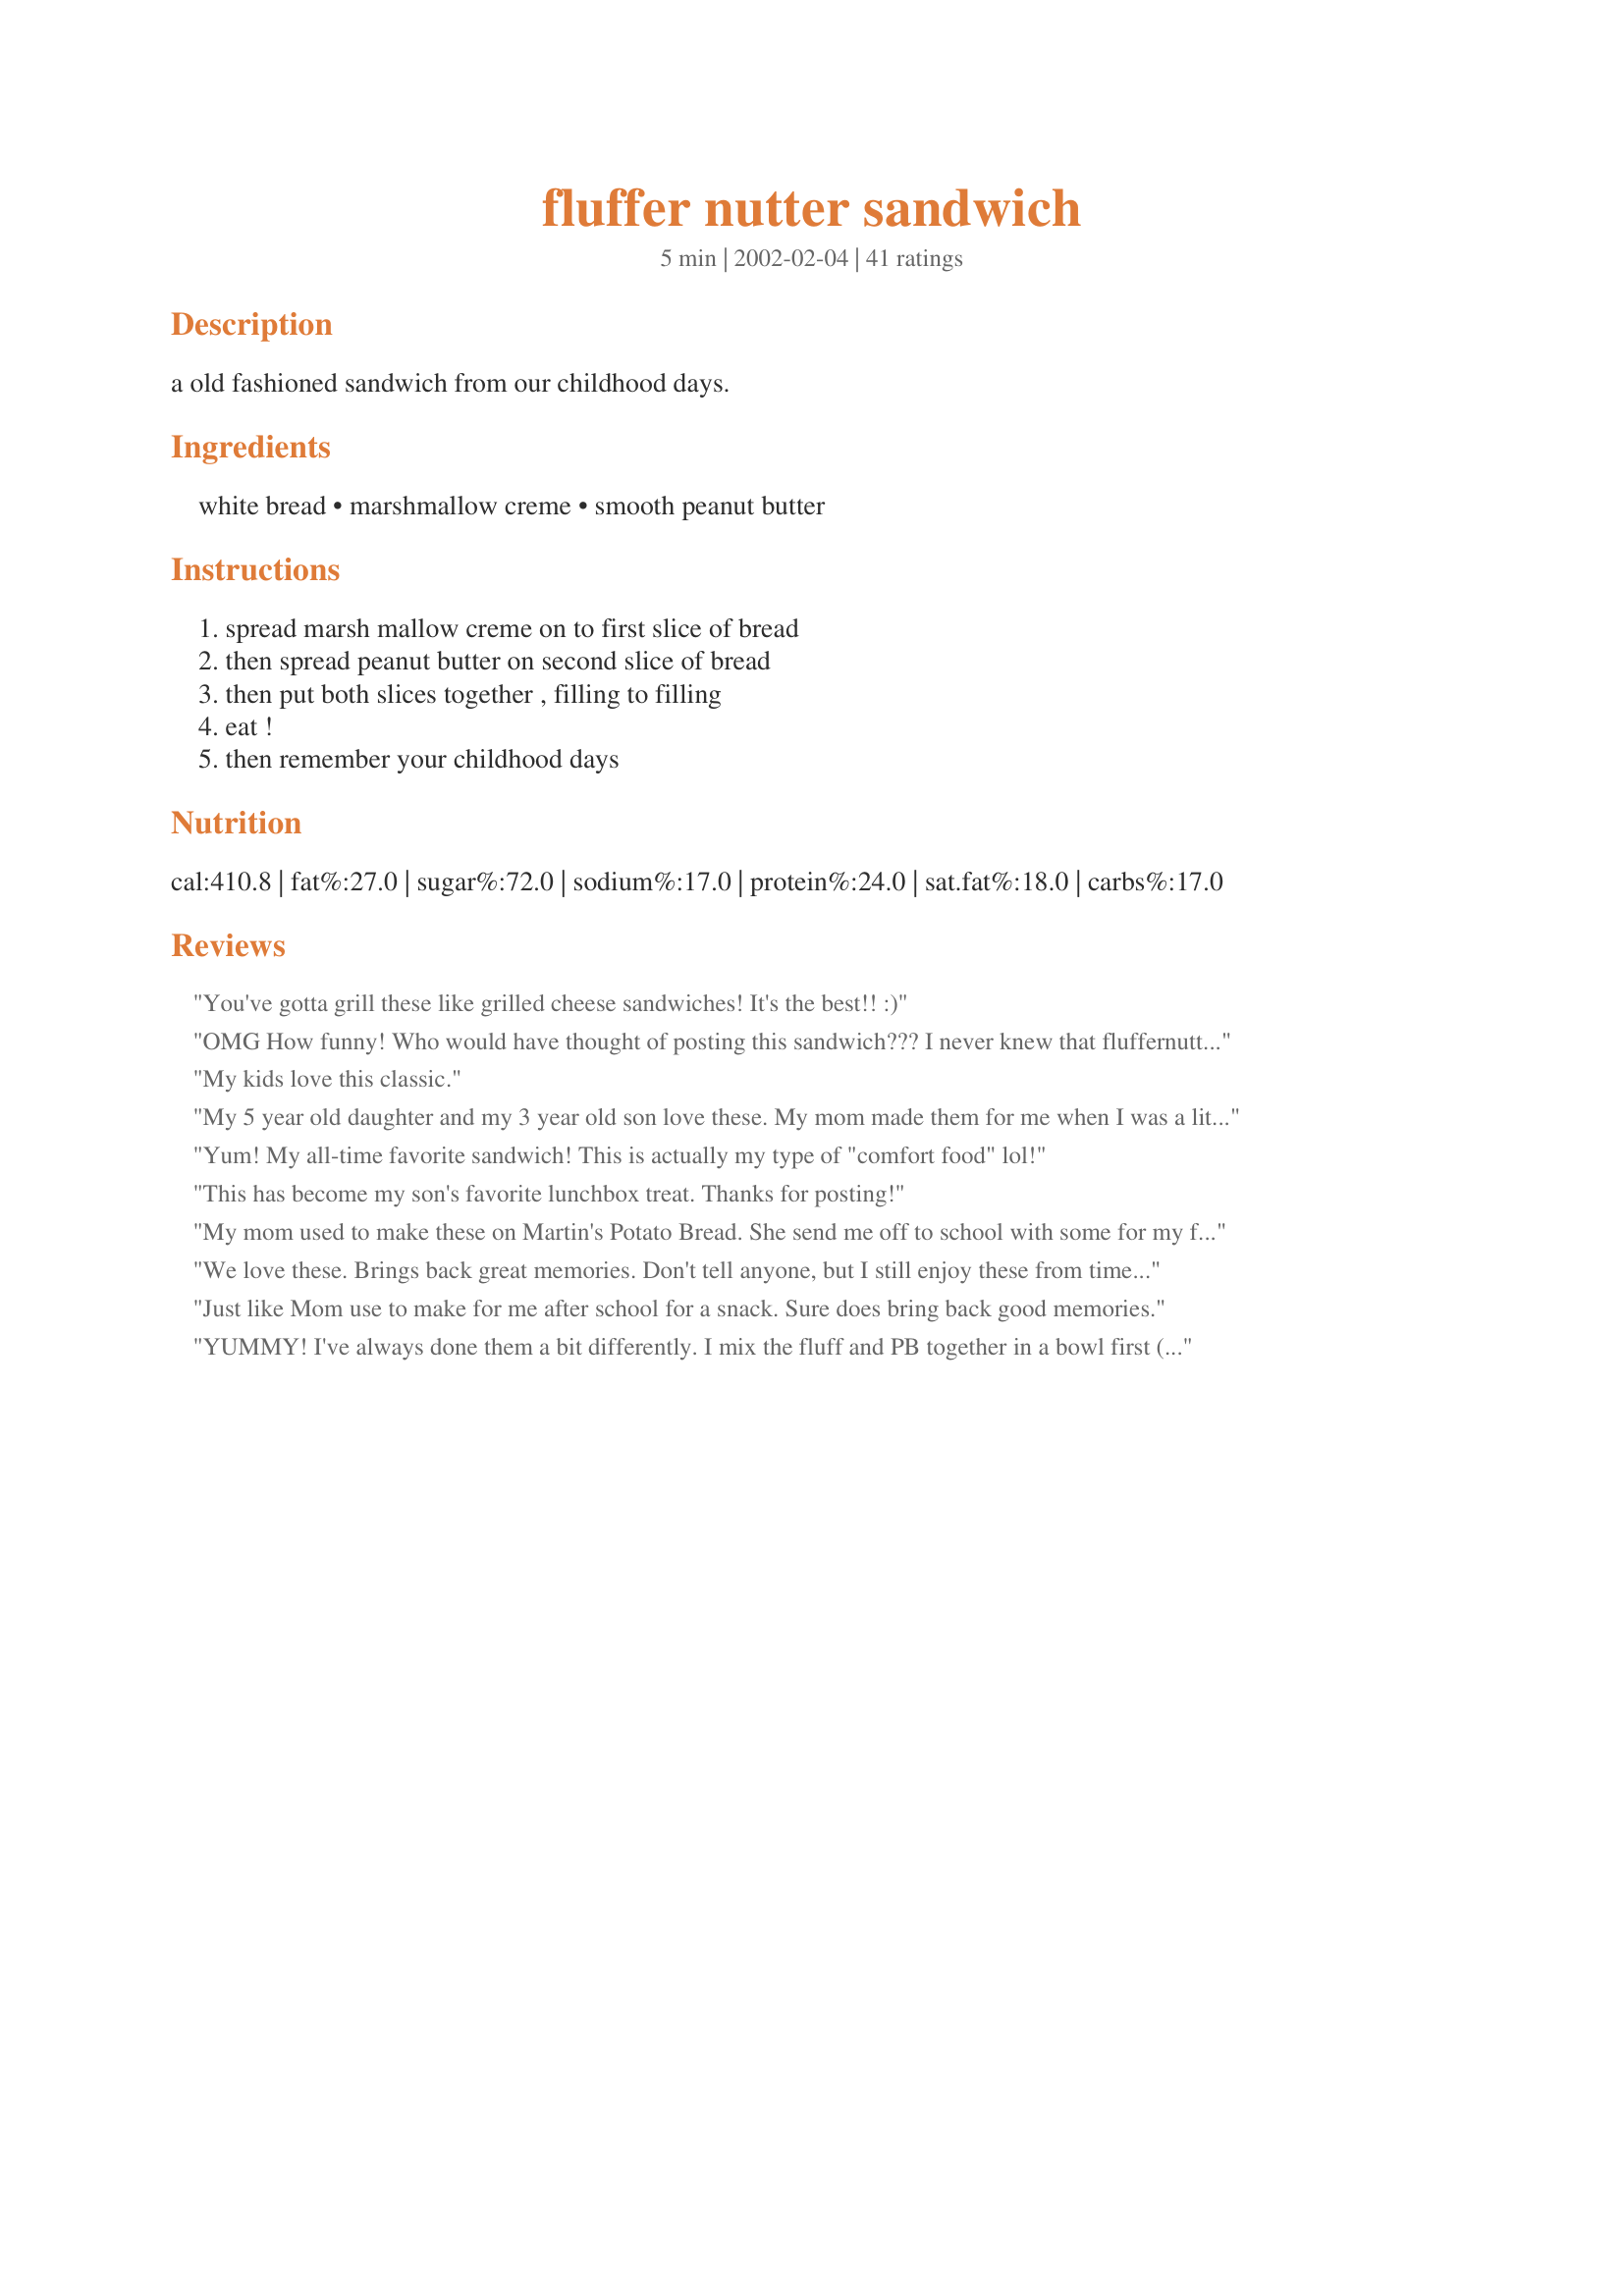
fluffer nutter sandwich
Preparation time: 5 minutes

a old fashioned sandwich from our childhood days.

Ingredients:
white bread, marshmallow creme, smooth peanut butter

Steps:
spread marsh mallow creme on to first slice of bread, then spread peanut butter on second slice of bread, then put both slices together , filling to filling, eat !, then remember your childhood days

Reviews:
You've gotta grill these like grilled cheese sandwiches! It's the best!! :)
OMG How funny! Who would have thought of posting this sandwich??? I never knew that fluffernutters weren't as common as pbj or tunafish. I found out recently that many people have never tried nor even heard of them. Yikes! I grew up on these and it's still a regular lunch in my home. Not just for my kids though - for me!
My kids love this classic.
My 5 year old daughter and my 3 year old son love these. My mom made them for me when I was a little girl. She would put bananas in it sometimes. I loved it. My son dose not like sweets, he&#039;s a spicy boy and he was asking for more.
Yum! My all-time favorite sandwich! This is actually my type of "comfort food" lol!
This has become my son's favorite lunchbox treat. Thanks for posting!
My mom used to make these on Martin's Potato Bread. She send me off to school with some for my friends, too! :)
We love these. Brings back great memories. Don't tell anyone, but I still enjoy these from time to time as an adult :-)
Just like Mom use to make for me after school for a snack. Sure does bring back good memories.
YUMMY! I've always done them a bit differently. I mix the fluff and PB together in a bowl first (which makes it less messy to spread). I also add honey to the mix, and toast the bread a bit.
Another one of my favorite childhood comfort foods. Excellent.
Even though I added more marshmallow creme, I could still hardly taste it, it was overwhelmed by the peanut butter. I guess this is not my thing, but it does give me ideas...
My 10 yo son will not eat PB&J's, but he LOVES Fluffer Nutters....

My brother used to eat them all the time as a kid and people thought he was crazy when he'd tell them about it.
One of my favorites! I always use creamy peanut butter. I also like to eat these with cheezy puffs in the middle.
My mom also used to make these for our lunches!! What a blast from the past. Thanks for posting.
I love fluffernutters! I used smooth peanut butter and the marshmallow fluff and PB creamed together so well. Great sandwich, thanks a lot.
I like it on toast :)
I so love these. If you haven't had one, you have to try it!
I had never heard of this combo before seeing this recipe and had to give it a try. It&#039;s really sweet, but probably just as sweet as PB&amp;J. It was a fun change.I loved reading everyone reviews and sharing their memories of this sweet treat. I&#039;m tempted to try the suggestion of putting this combo under the broiler. Thanks for sharing the recipe.
Actually &quot;fluff&quot; is just marshmallow creme with more air added in to the mix. Of course adding more air would make it taste different a little. Here is a link to take a look at, http://www.marshmallowfluff.com/htm/welcome.shtml . 

Mark :o)


&quot;He would argue passionately with you that marshmallow creme is NOT the same as fluff.&quot;
I love this sandwich! Some people look at me weird when I mention this; they know the sandwich combo but not by the "Fluffer Nutter" name.
Oh my god these were my favorite snack growing up! Also I would eat my Granny's homemade peach jelly with the marshmallow cream on soft white bread, Heaven on Earth! Thanks for reminding me of a childhood favorite.
This was easy to make, but the marshmallow creme was too much of a mess. It didn't taste as good as I would have thought.
This was one of my favorite sandwiches growing up. I was never much of a PBJ fan but love PBM sandwiches. My kids now love these too. I do not measure the ingredients- I just spread them on.
My husband is a die hard fluffer nutter fan. He would argue passionately with you that marshmallow creme is NOT the same as fluff. I personally had never heard of Fluff until I met him and I can't tell the difference. Fluff must be a yankee version of marshmallow creme.
My kids love these. They are a change of pace from the usual PB&J or peanut butter and honey sandwiches.
Fluffernutters are awesome. I LOVE these!!Tried to force the kids to enjoy them with me, but no such luck, they're PB&J guys.
I had never heard of this till I got married. It has been an old midnight snack stand-by since. This is even better if you toast it in oven. Spread PB on bread then cream on top of that. Place under broiler... Broil till cream is nice and toasty brown. WARNING ... let cool a little before eating... it does get hot!! Enjoy with a huge glass of milk!!
My daughter's favorite. The only sandwich I can get her to eat.
Yum!
I gave this 5 stars. I love Fluffer Nutter Sandwiches. My niece has to have one for her school lunch everytime she stays and goes to school. I only use about 1 1/2 Tbl Fluff. Thanks for posting a yummy recipe! Christine (internetnut)
I love fluffer nutters. They're a great sweet and savory combo.
Classic! I ate these all the time when I was younger. I remember making them like it was y'day. Thanks for the recipe! And we did call them Fluffer Nutters here in FL. :)
who in the world needs a recipe for this??????
Took me 40 years to finally have one of these and now I'm so sorry I waited. DELICOUS!
Yum! Excellent recipe from my childhood. My husband doesn't like it, but he's European. They never like peanut butter! My son loves it also! I forgot about this until I ran into this recipe, thanks for posting this fun recipe from old times!
AAHH! Brings back sweet memories! I add sliced bananas too and it's oooh so yummy!
It was so fun to see this recipe in writing! It's a favorite in our house. When we moved to Virginia, people thought we were crazy but my sons' friends all eat them now! Thanks for the memories... Tracey
First of all, I can't believe you posted this recipe! It's almost as easy as Recipe #283319! I love these sandwiches. My DH, believe it or not, has never had one and he is a peanut butter lover. Go figger... well, I am going to make him one soon as I get a tub o' fluff! Thanks for posting this!
This sandwich is a classic and very good. Brings me back to my childhood although I can hardly even look at one now because I ate so many :)
my kids took one bite.. gagged and said NO THANK YOU.. they all hated it. ALL 7 of my kids hated it. rather sad. sorry..
Love this sandwich! But, I prefer the bread toasted.
